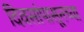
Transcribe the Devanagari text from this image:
दिवसांपासूनच्या